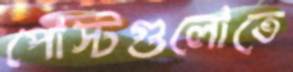
পোস্টগুলোতে